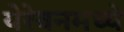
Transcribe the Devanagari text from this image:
येरेवनमध्ये